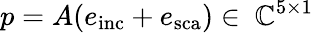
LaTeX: p=A(e_{\mathrm{inc}}+e_{\mathrm{sca}})\in\ \mathbb{C}^{5\times 1}